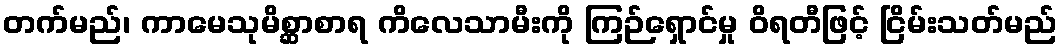
တက်မည်၊ ကာမေသုမိစ္ဆာစာရ ကိလေသာမီးကို ကြဉ်ရှောင်မှု ဝိရတီဖြင့် ငြိမ်းသတ်မည်